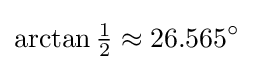
\arctan {\tfrac {1}{2}}\approx 26.565^{\circ }